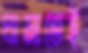
ঘামাতেই